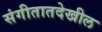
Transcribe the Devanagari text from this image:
संगीतातदेखील